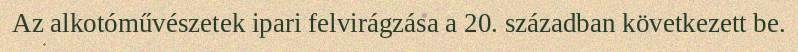
Az alkotóművészetek ipari felvirágzása a 20. században következett be.